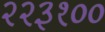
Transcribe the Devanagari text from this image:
२२३१००